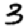
Digit: 3